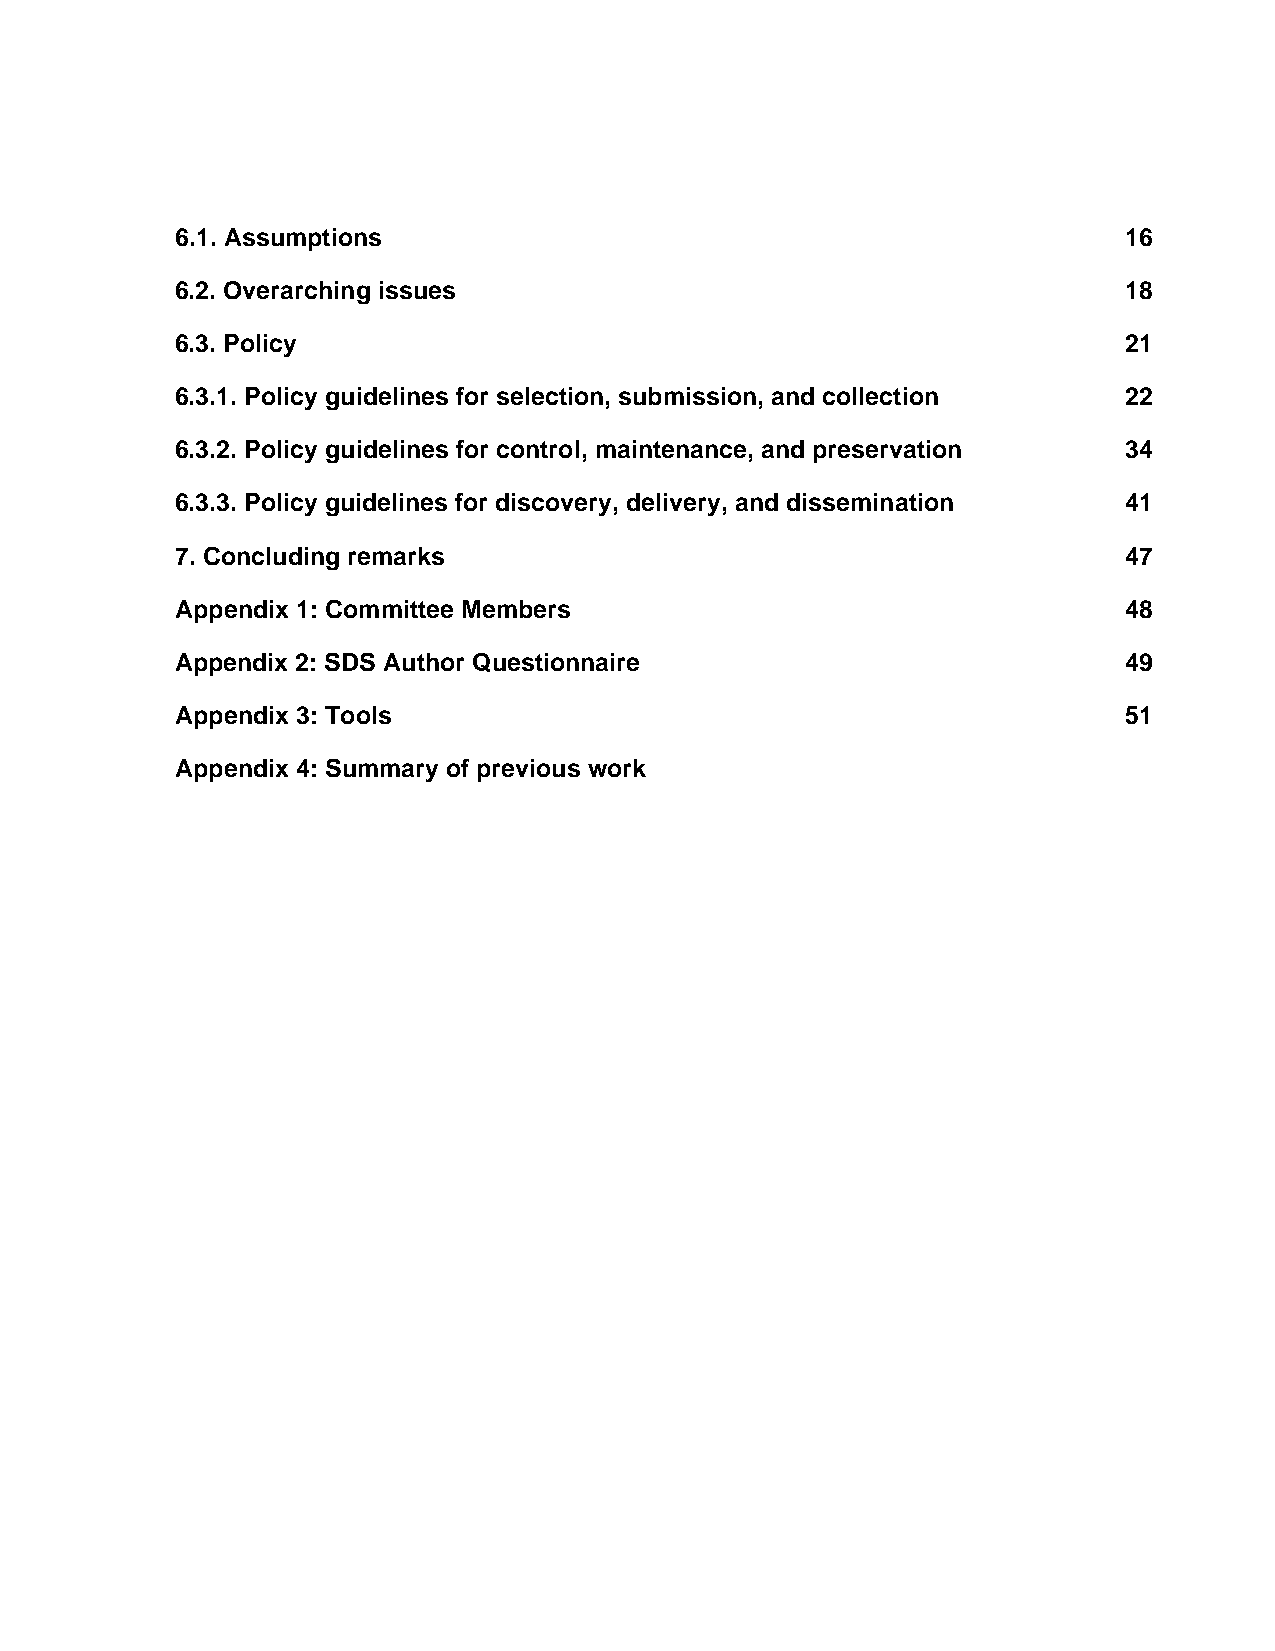
6.1. Assumptions                                              16
 6.2. Overarching issues                                       18
 6.3. Policy                                                   21
 6.3.1. Policy guidelines for selection, submission, and collection 22
 6.3.2. Policy guidelines for control, maintenance, and preservation 34
 6.3.3. Policy guidelines for discovery, delivery, and dissemination 41
 7. Concluding remarks                                         47
 Appendix 1: Committee Members                                 48
 Appendix 2: SDS Author Questionnaire                          49
 Appendix 3: Tools                                             51
 Appendix 4: Summary of previous work